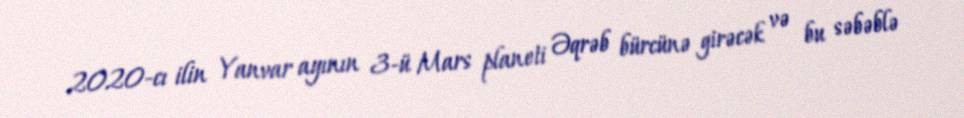
2020-cı ilin Yanvar ayının 3-ü Mars planeti Əqrəb bürcünə girəcək və bu səbəblə